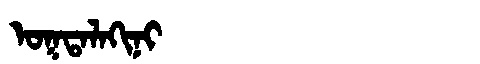
Manchu: ᠣᡴᡨᠠᠯᠠᡴᡳᠨᡳ
Romanization: OKTALAKINI